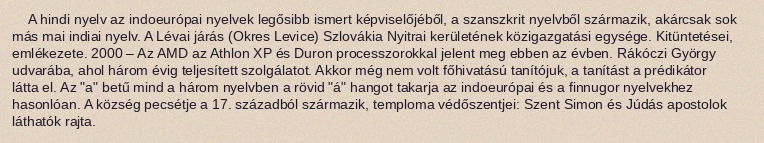
A hindi nyelv az indoeurópai nyelvek legősibb ismert képviselőjéből, a szanszkrit nyelvből származik, akárcsak sok más mai indiai nyelv. A Lévai járás (Okres Levice) Szlovákia Nyitrai kerületének közigazgatási egysége. Kitüntetései, emlékezete. 2000 – Az AMD az Athlon XP és Duron processzorokkal jelent meg ebben az évben. Rákóczi György udvarába, ahol három évig teljesített szolgálatot. Akkor még nem volt főhivatású tanítójuk, a tanítást a prédikátor látta el. Az "a" betű mind a három nyelvben a rövid "á" hangot takarja az indoeurópai és a finnugor nyelvekhez hasonlóan. A község pecsétje a 17. századból származik, temploma védőszentjei: Szent Simon és Júdás apostolok láthatók rajta.